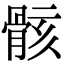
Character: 骸